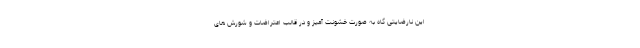
این نارضایتی گاه به صورت خشونت آمیز و در قالب اعتراضات و شورش های